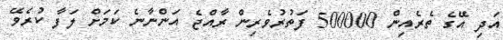
އަދި އޭގެ ތެރެއިން 500000 ފަތުރުވެރިން ރާއްޖެ އަންނާނެ ކަމަށް ލަފާ ކުރެވޭ